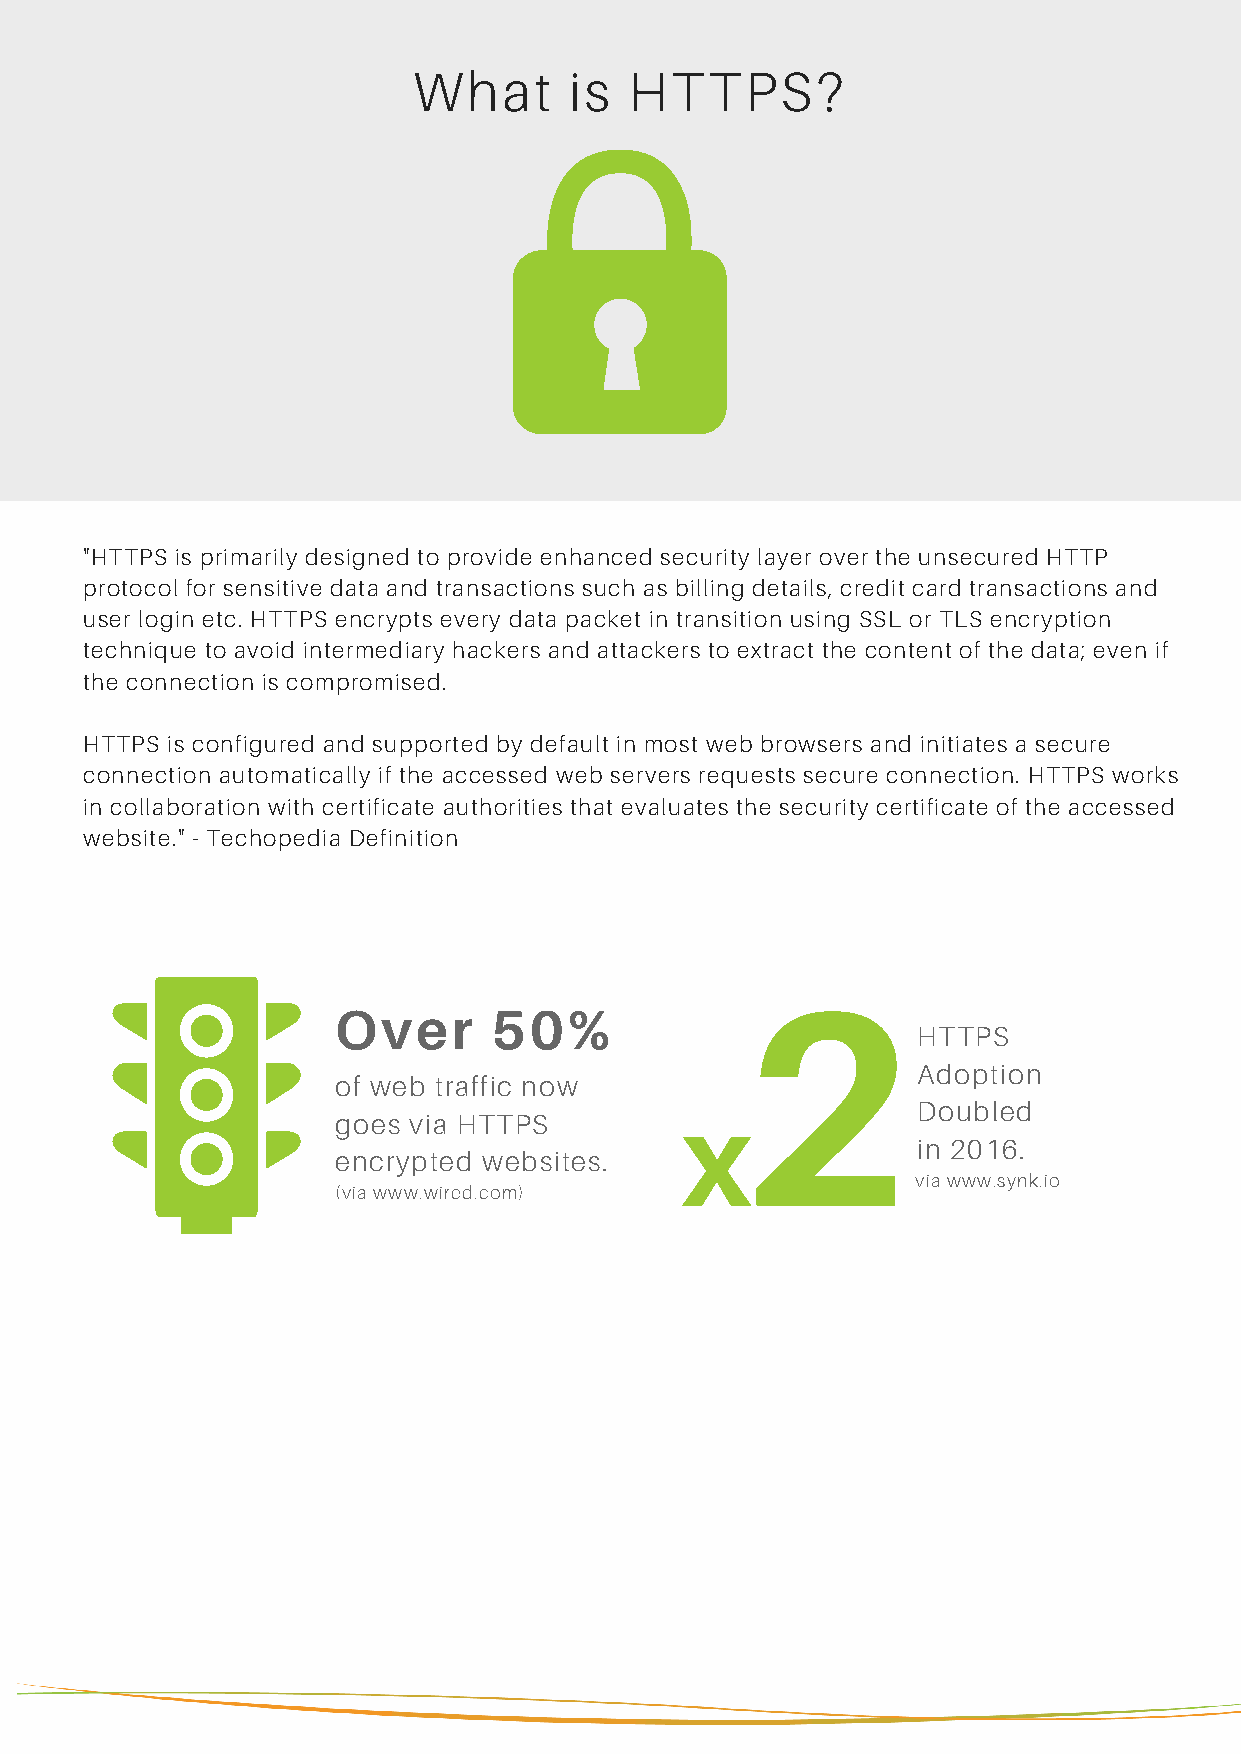
What       is  HTTPS?
 "HTTPS is primarily designed to provide enhanced security layer over the unsecured HTTP
 protocol for sensitive data and transactions such as billing details, credit card transactions and
 user login etc. HTTPS encrypts every data packet in transition using SSL or TLS encryption
 technique to avoid intermediary hackers and attackers to extract the content of the data; even if
 the connection is compromised.
 HTTPS is configured and supported by default in most web browsers and initiates a secure
 connection automatically if the accessed web servers requests secure connection. HTTPS works
 in collaboration with certificate authorities that evaluates the security certificate of the accessed
 website." - Techopedia Definition
 2
 Over       50%
 HTTPS
 Adoption
 of web traffic now
 Doubled
 goes via HTTPS         x
 in 2016.
 encrypted websites.
 via www.synk.io
 (via www.wired.com)